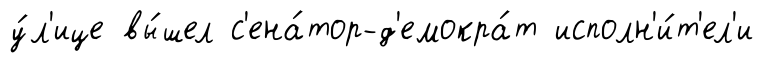
у́л'ице вы́шел с'ена́тор-д'емокра́т исполн'и́т'ел'и